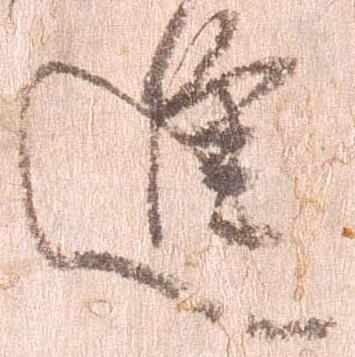
進